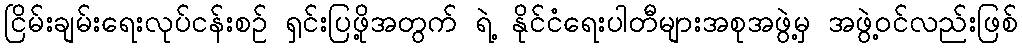
ငြိမ်းချမ်းရေးလုပ်ငန်းစဉ် ရှင်းပြဖို့အတွက် ရဲ့ နိုင်ငံရေးပါတီများအစုအဖွဲ့မှ အဖွဲ့ဝင်လည်းဖြစ်